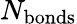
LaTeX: N_{\mathrm{bonds}}